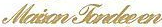
Maion Jondeeen